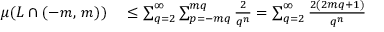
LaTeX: \begin{array} { r l } { \mu ( L \cap ( - m , \, m ) ) } & { { } \leq \sum _ { q = 2 } ^ { \infty } \sum _ { p = - m q } ^ { m q } { \frac { 2 } { q ^ { n } } } = \sum _ { q = 2 } ^ { \infty } { \frac { 2 ( 2 m q + 1 ) } { q ^ { n } } } } \end{array}